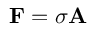
\mathbf { F } = \sigma \mathbf { A }